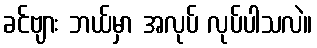
ခင်ဗျား ဘယ်မှာ အလုပ် လုပ်ပါသလဲ။